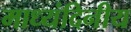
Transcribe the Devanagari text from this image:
माध्यंदिनीय